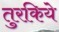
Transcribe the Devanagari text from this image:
तुरकिये